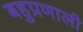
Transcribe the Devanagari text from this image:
बहुप्रणाली